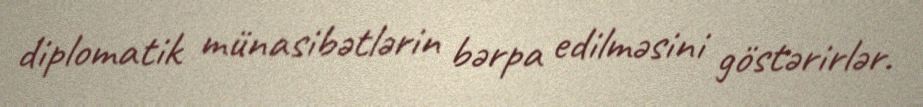
diplomatik münasibətlərin bərpa edilməsini göstərirlər.